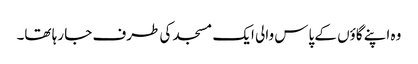
وہ اپنے گاؤں کے پاس والی ایک مسجد کی طرف جا رہا تھا۔